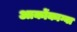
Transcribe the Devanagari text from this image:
आकोंकाग्वा